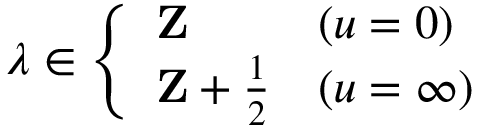
\lambda \in \left\{ \begin{array} { l l } { { { \bf Z } } } & { { ( u = 0 ) } } \\ { { { \bf Z } + \frac 1 2 } } & { { ( u = \infty ) } } \end{array} \right.